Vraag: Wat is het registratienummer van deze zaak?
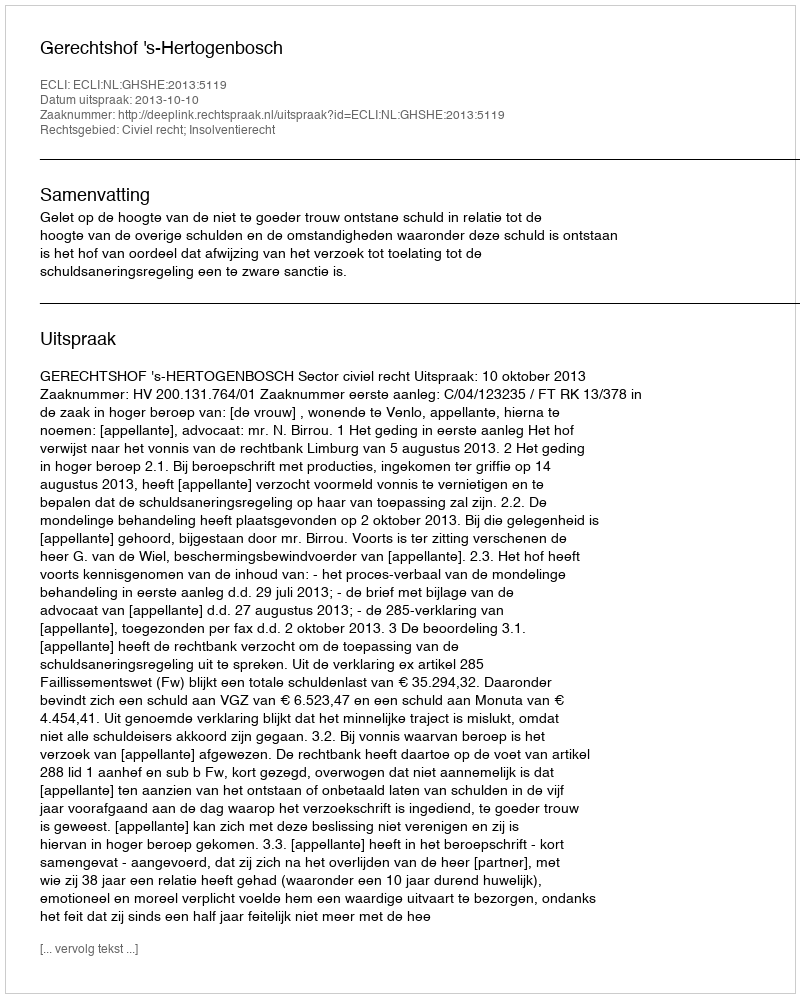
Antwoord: http://deeplink.rechtspraak.nl/uitspraak?id=ECLI:NL:GHSHE:2013:5119